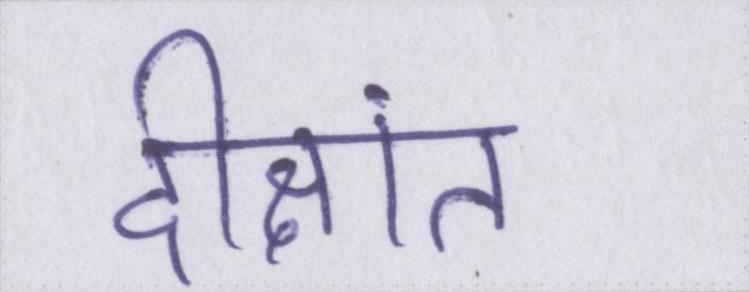
दीक्षांत